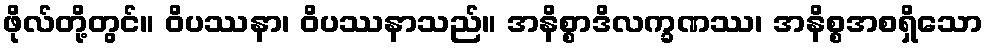
ဖိုလ်တို့တွင်။ ဝိပဿနာ၊ ဝိပဿနာသည်။ အနိစ္စာဒိလက္ခဏဿ၊ အနိစ္စအစရှိသော